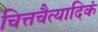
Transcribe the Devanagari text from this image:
चित्तचैत्यादिकं